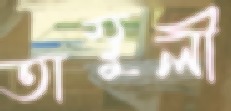
তাম্বুলী